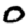
Digit: 0